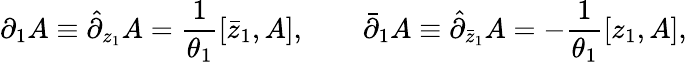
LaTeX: \partial_{1}A\equiv\hat{\partial}_{z_{1}}A={\frac{1}{\theta_{1}}}[\bar{z}_{1},A],\qquad\bar{\partial}_{1}A\equiv\hat{\partial}_{\bar{z}_{1}}A=-{\frac{1}{\theta_{1}}}[z_{1},A],